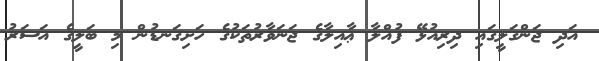
އަދި ޖަންގަލީގައި ދިރިއުޅޭ ފުއްލާ ޢާއިލާގެ ޖަނަވާރުތަކުގެ ހަށިގަނޑުން މި ބަލީގެ އަސަރު